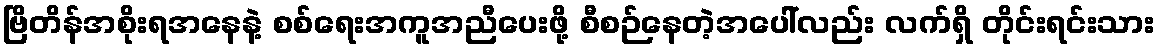
ဗြိတိန်အစိုးရအနေနဲ့ စစ်ရေးအကူအညီပေးဖို့ စီစဉ်နေတဲ့အပေါ်လည်း လက်ရှိ တိုင်းရင်းသား